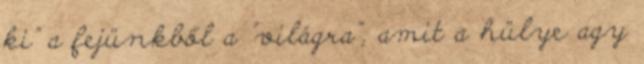
ki" a fejünkből a "világra", amit a hülye agy